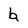
Character: b